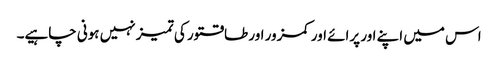
اس میں اپنے اور پرائے اور کمزور اور طاقتور کی تمیز نہیں ہونی چاہیے۔